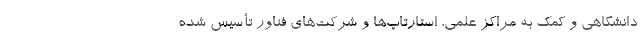
دانشگاهی و کمک به مراکز علمی، استارتاپ‌ها و شرکت‌های فناور تأسیس شده